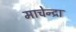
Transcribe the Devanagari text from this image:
माचेन्द्रा